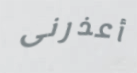
أعذرنى